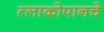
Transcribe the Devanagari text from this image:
त्लाकोपानचे